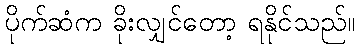
ပိုက်ဆံက ခိုးလျှင်တော့ ရနိုင်သည်။